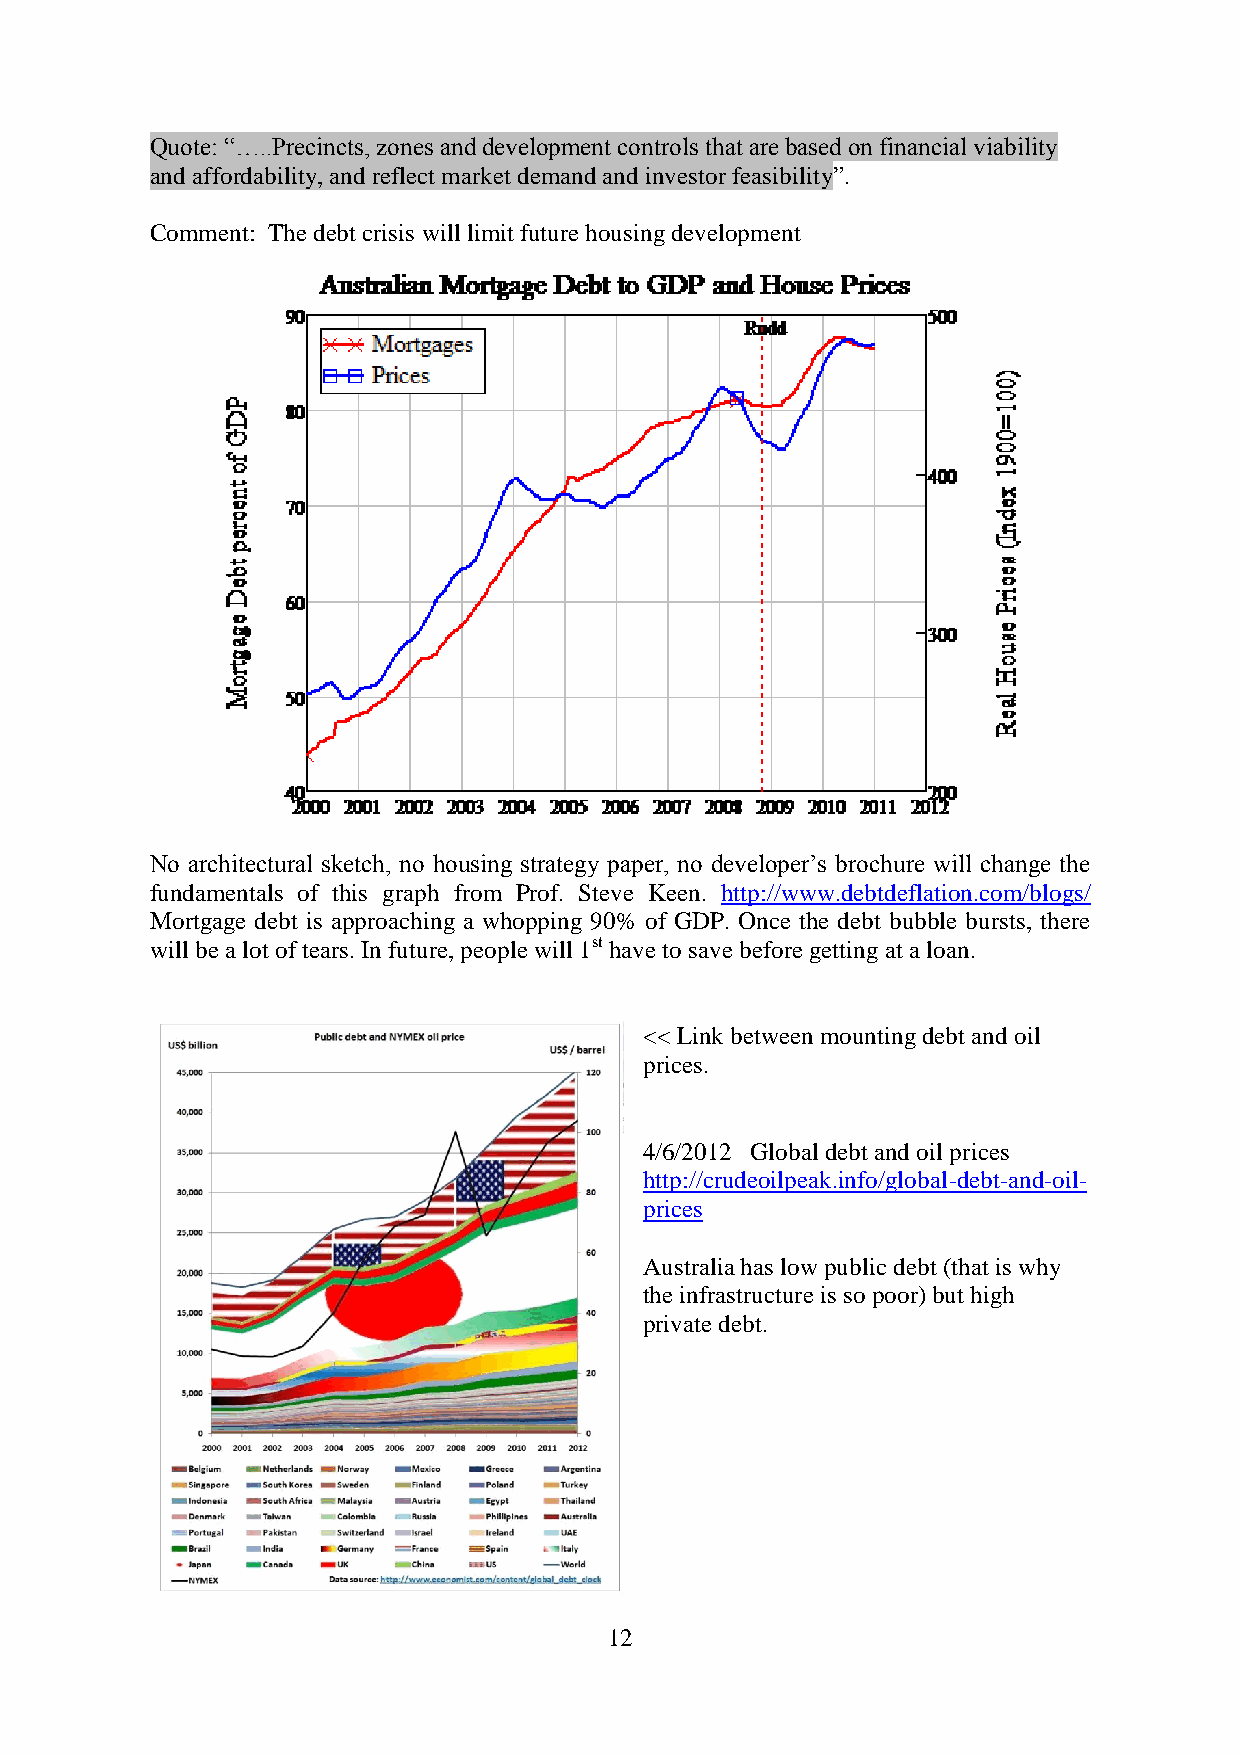
Quote: “…..Precincts, zones and development controls that are based on financial viability
 and affordability, and reflect market demand and investor feasibility”.
 Comment: The debt crisis will limit future housing development
 No architectural sketch, no housing strategy paper, no developer‟s brochure will change the
 fundamentals of this graph from Prof. Steve Keen. http://www.debtdeflation.com/blogs/
 Mortgage debt is approaching a whopping 90% of GDP. Once the debt bubble bursts, there
 will be a lot of tears. In future, people will 1st have to save before getting at a loan.
 << Link between mounting debt and oil
 prices.
 4/6/2012 Global debt and oil prices
 http://crudeoilpeak.info/global-debt-and-oil-
 prices
 Australia has low public debt (that is why
 the infrastructure is so poor) but high
 private debt.
 12